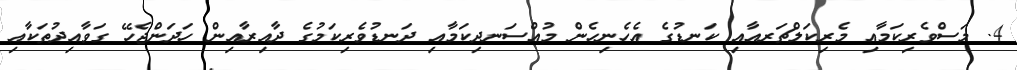
4. މަސްވެރިކަމާއި މެރިކަލްޗަރއާއި ކަނޑުގެ އެހެނިހެން މުއްސަނދިކަމާއި ދަނޑުވެރިކަމުގެ ދާއިރާއިން ހަދަންޖެހޭ ގަވާއިދުތަކާއި